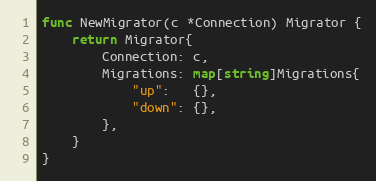
Language: Go
func NewMigrator(c *Connection) Migrator {
	return Migrator{
		Connection: c,
		Migrations: map[string]Migrations{
			"up":   {},
			"down": {},
		},
	}
}